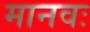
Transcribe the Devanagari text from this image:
मानवः